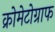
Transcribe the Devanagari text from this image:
क्रोमेटोग्राफ